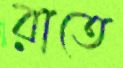
রাতে